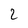
Character: 2